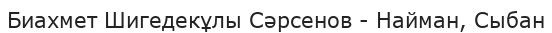
Биахмет Шигедекұлы Сәрсенов - Найман, Сыбан